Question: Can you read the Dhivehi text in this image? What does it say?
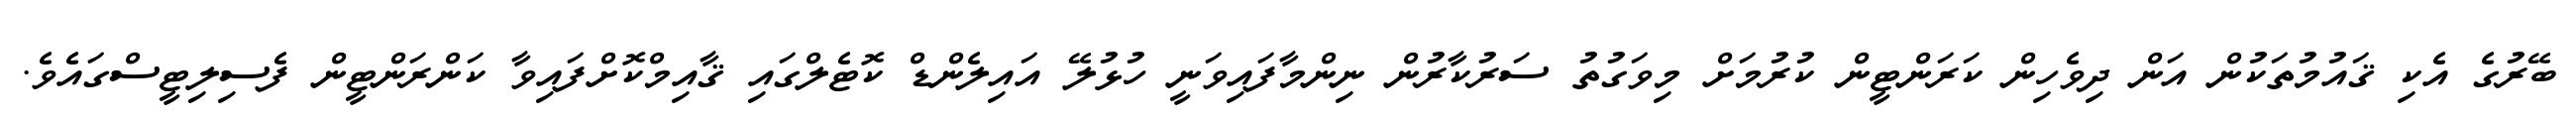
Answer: ބޭރުގެ އެކި ޤައުމުތަކުން އަން ދިވެހިން ކަރަންޓީން ކުރުމަށް މިވަގުތު ސަރުކާރުން ނިންމާފައިވަނީ ހުޅުލޭ އައިލެންޑް ކޮޓެލްގައި ޤާއިމްކޮށްފައިވާ ކަންރަންޓީން ފެސިލިޓީސްގައެވެ.